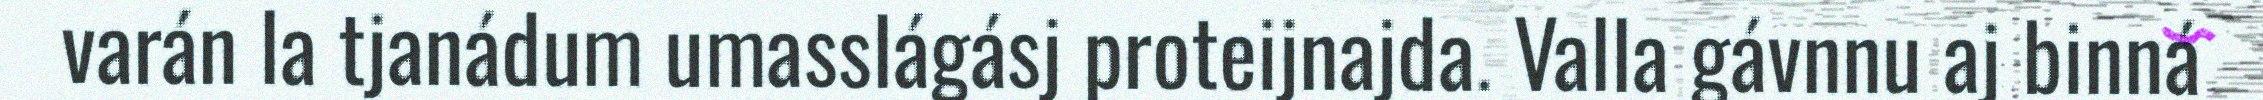
varán la tjanádum umasslágásj proteijnajda. Valla gávnnu aj binná